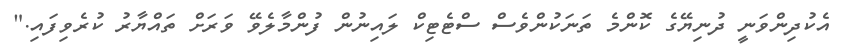
އެކުދިންވަނީ ދުނިޔޭގެ ކޮންމެ ތަނަކުންވެސް ސްޓެޓިކް ލައިނުން ފުންމާލެވޭ ވަރަށް ތައްޔާރު ކުރެވިފައި."